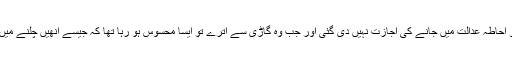
سابق صدر کی گاڑی کو احاطہ عدالت میں جانے کی اجازت نہیں دی گئی اور جب وہ گاڑی سے اترے تو ایسا محسوس ہو رہا تھا کہ جیسے اُنھیں چلنے میں دشواری پیش آرہی ہے۔